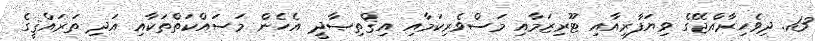
13. ދިވެހިރާއްޖޭގެ ވިޔަފާރިއާއި ޓޫރިޒަމާއި މަސްވެރިކަމާއި އިޤްތިޞާދީ އެހެން މަސައްކަތްތަކާއި އަދި ތަރައްޤީގެ